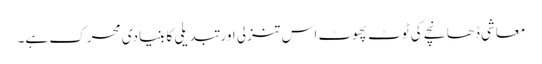
معاشی ڈھانچے کی ٹوٹ پھوٹ اس تنزلی اور تبدیلی کا بنیادی محرک ہے۔